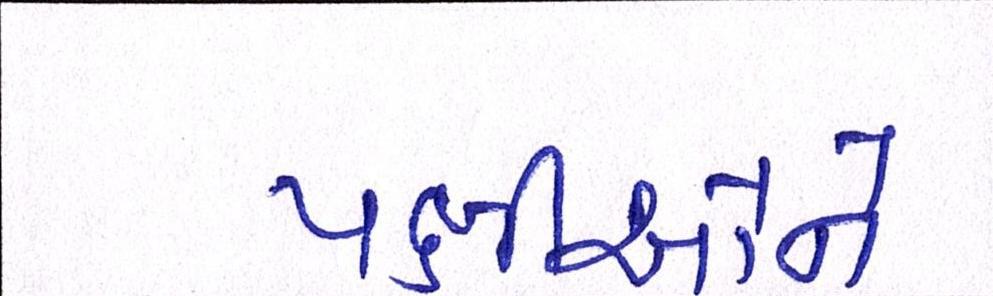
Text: પક્ષીઓને